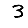
Digit: 3